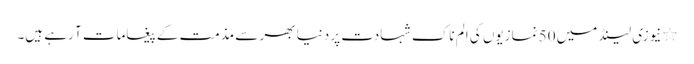
٭نیوزی لینڈ میں 50 نمازیوں کی الم ناک شہادت پر دنیا بھر سے مذمت کے پیغامات آ رہے ہیں۔